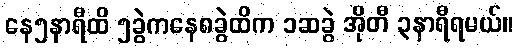
နေ၅နာရီထိ ၅ခွဲကနေ၈ခွဲထိက ၁ဆခွဲ အိုတီ ၃နာရီရမယ်။